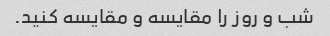
شب و روز را مقایسه و مقایسه کنید.